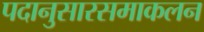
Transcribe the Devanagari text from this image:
पदानुसारसमाकलन